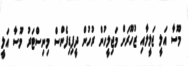
މޫސާ އަލީ ޖަލީލާއި ޒުހޫރަށް މަޖިލީހުން ރުހުން ދީފިޑިފެންސް މިނިސްޓަރު މޫސާ އަލީ